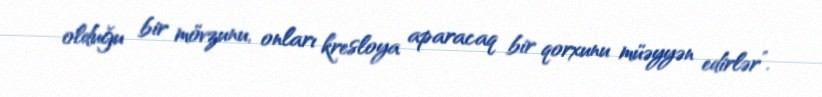
olduğu bir mövzunu, onları kresloya aparacaq bir qorxunu müəyyən edirlər”.